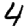
Digit: 4